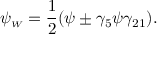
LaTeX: \psi _ { \scriptscriptstyle W } = \frac { 1 } { 2 } ( \psi \pm \gamma _ { 5 } \psi \gamma _ { 2 1 } ) .